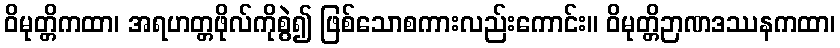
ဝိမုတ္တိကထာ၊ အရဟတ္တဖိုလ်ကိုစွဲ၍ ဖြစ်သောစကားလည်းကောင်း။ ဝိမုတ္တိဉာဏဒဿနကထာ၊